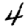
Digit: 4